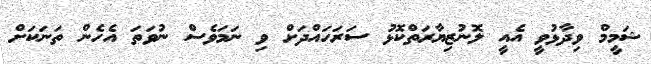
ޝަމީމް ވިދާޅުވީ އެއީ ލޮނުޒިޔާރަތްކޮޅު ސަރަހައްދަށް ވި ނަމަވެސް ނުވަތަ އެހެން ތަނަކަށް